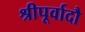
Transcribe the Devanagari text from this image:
श्रीपूर्वादौ